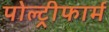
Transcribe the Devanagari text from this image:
पोल्ट्रीफार्म